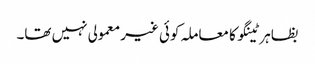
بظاہر ٹینگو کا معاملہ کوئی غیر معمولی نہیں تھا۔